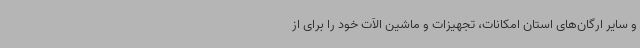
و سایر ارگان‌های استان امکانات، تجهیزات و ماشین الآت خود را برای از